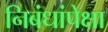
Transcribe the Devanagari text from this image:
निबंधांपेक्षा